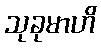
သုခုမာဟိ